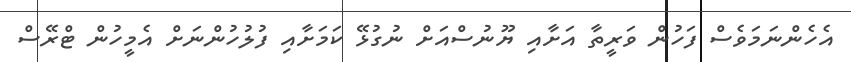
އެހެންނަމަވެސް ފަހުން ވަރީތާ އަށާއި ޔޫނުސްއަށް ނުގުޅޭ ކަމަށާއި ފުލުހުންނަށް އެމީހުން ޓްރޭސް